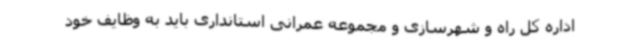
اداره کل راه و شهرسازی و مجموعه عمرانی استانداری باید به وظایف خود